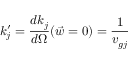
k _ { j } ^ { \prime } = \frac { d k _ { j } } { d \Omega } ( { \vec { w } = 0 } ) = \frac { 1 } { v _ { g j } }